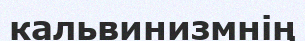
кальвинизмнің